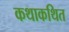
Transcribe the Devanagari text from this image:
कथाकथित